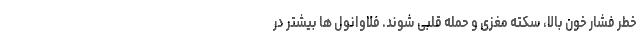
خطر فشار خون بالا، سکته مغزی و حمله قلبی شوند. فلاوانول ها بیشتر در